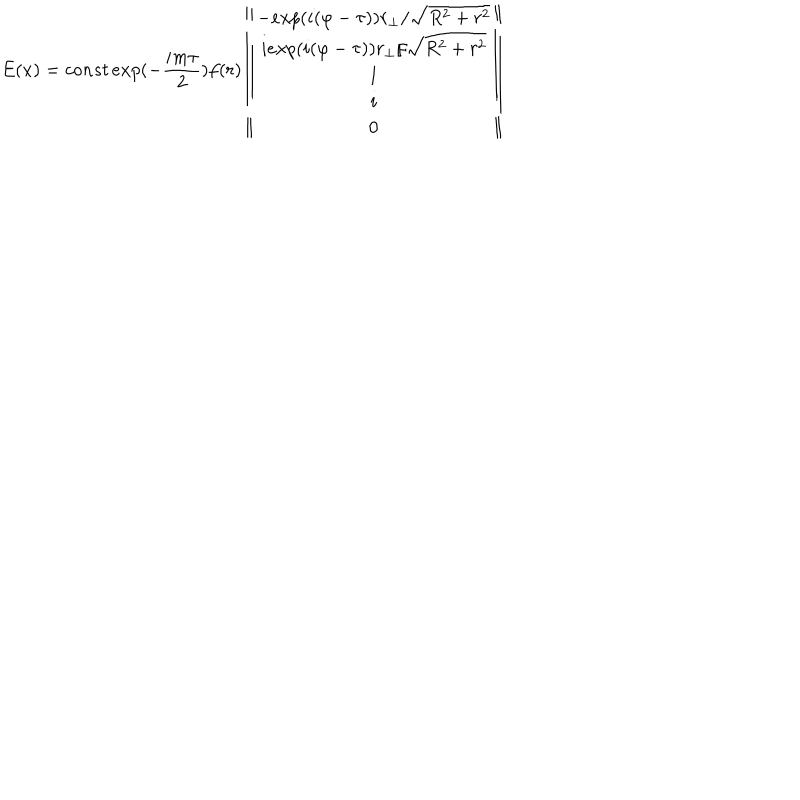
LaTeX: E ( x ) = c o n s t \, e x p ( - \frac { i m \tau } { 2 } ) f ( r ) \left\| \begin{array} { c } { { - e x p ( i ( \varphi - \tau ) ) r _ { \bot } / \sqrt { R ^ { 2 } + r ^ { 2 } } } } \\ { { i e x p ( i ( \varphi - \tau ) ) r _ { \bot } / \sqrt { R ^ { 2 } + r ^ { 2 } } } } \\ { { 1 } } \\ { { i } } \\ { { 0 } } \\ \end{array} \right\|